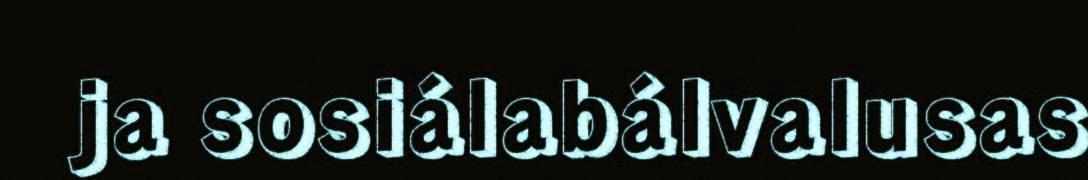
ja sosiálabálvalusas